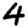
Digit: 4